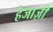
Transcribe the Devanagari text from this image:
हेजाज़ी